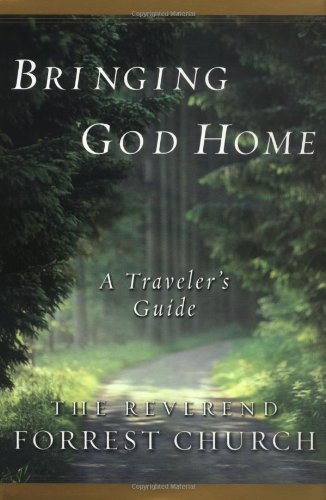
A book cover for Bringing God Home : A Traveler's Guide; Forrest Church; Religion & Spirituality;